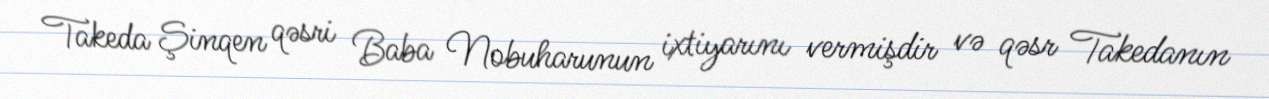
Takeda Şinqen qəsri Baba Nobuharunun ixtiyarını vermişdir və qəsr Takedanın